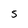
Character: 5